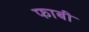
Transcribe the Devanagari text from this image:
फाबी